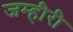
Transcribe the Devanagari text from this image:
जम्हीरी